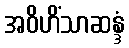
အဝိဟိံသာဆန္ဒံ